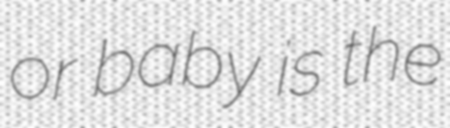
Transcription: or baby is the